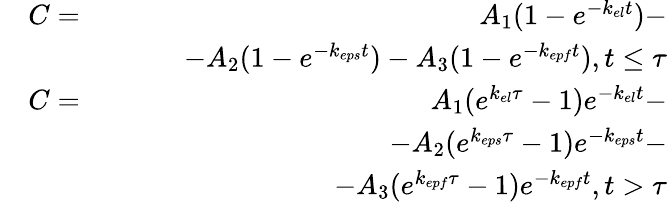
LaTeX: \begin{array}{rlr}&{C=}&{A_{1}(1-e^{-k_{el}t})-}\\ &{}&{\qquad-A_{2}(1-e^{-k_{eps}t})-A_{3}(1-e^{-k_{epf}t}),t\leq\tau}\\ &{C=}&{A_{1}(e^{k_{el}\tau}-1)e^{-k_{el}t}-}\\ &{}&{\qquad\qquad-A_{2}(e^{k_{eps}\tau}-1)e^{-k_{eps}t}-}\\ &{}&{\qquad\qquad\qquad\qquad-A_{3}(e^{k_{epf}\tau}-1)e^{-k_{epf}t},t>\tau}\end{array}